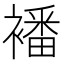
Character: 襎